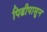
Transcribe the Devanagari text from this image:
पिढीपासून